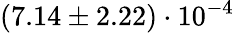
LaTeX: (7.14\pm 2.22)\cdot 10^{-4}